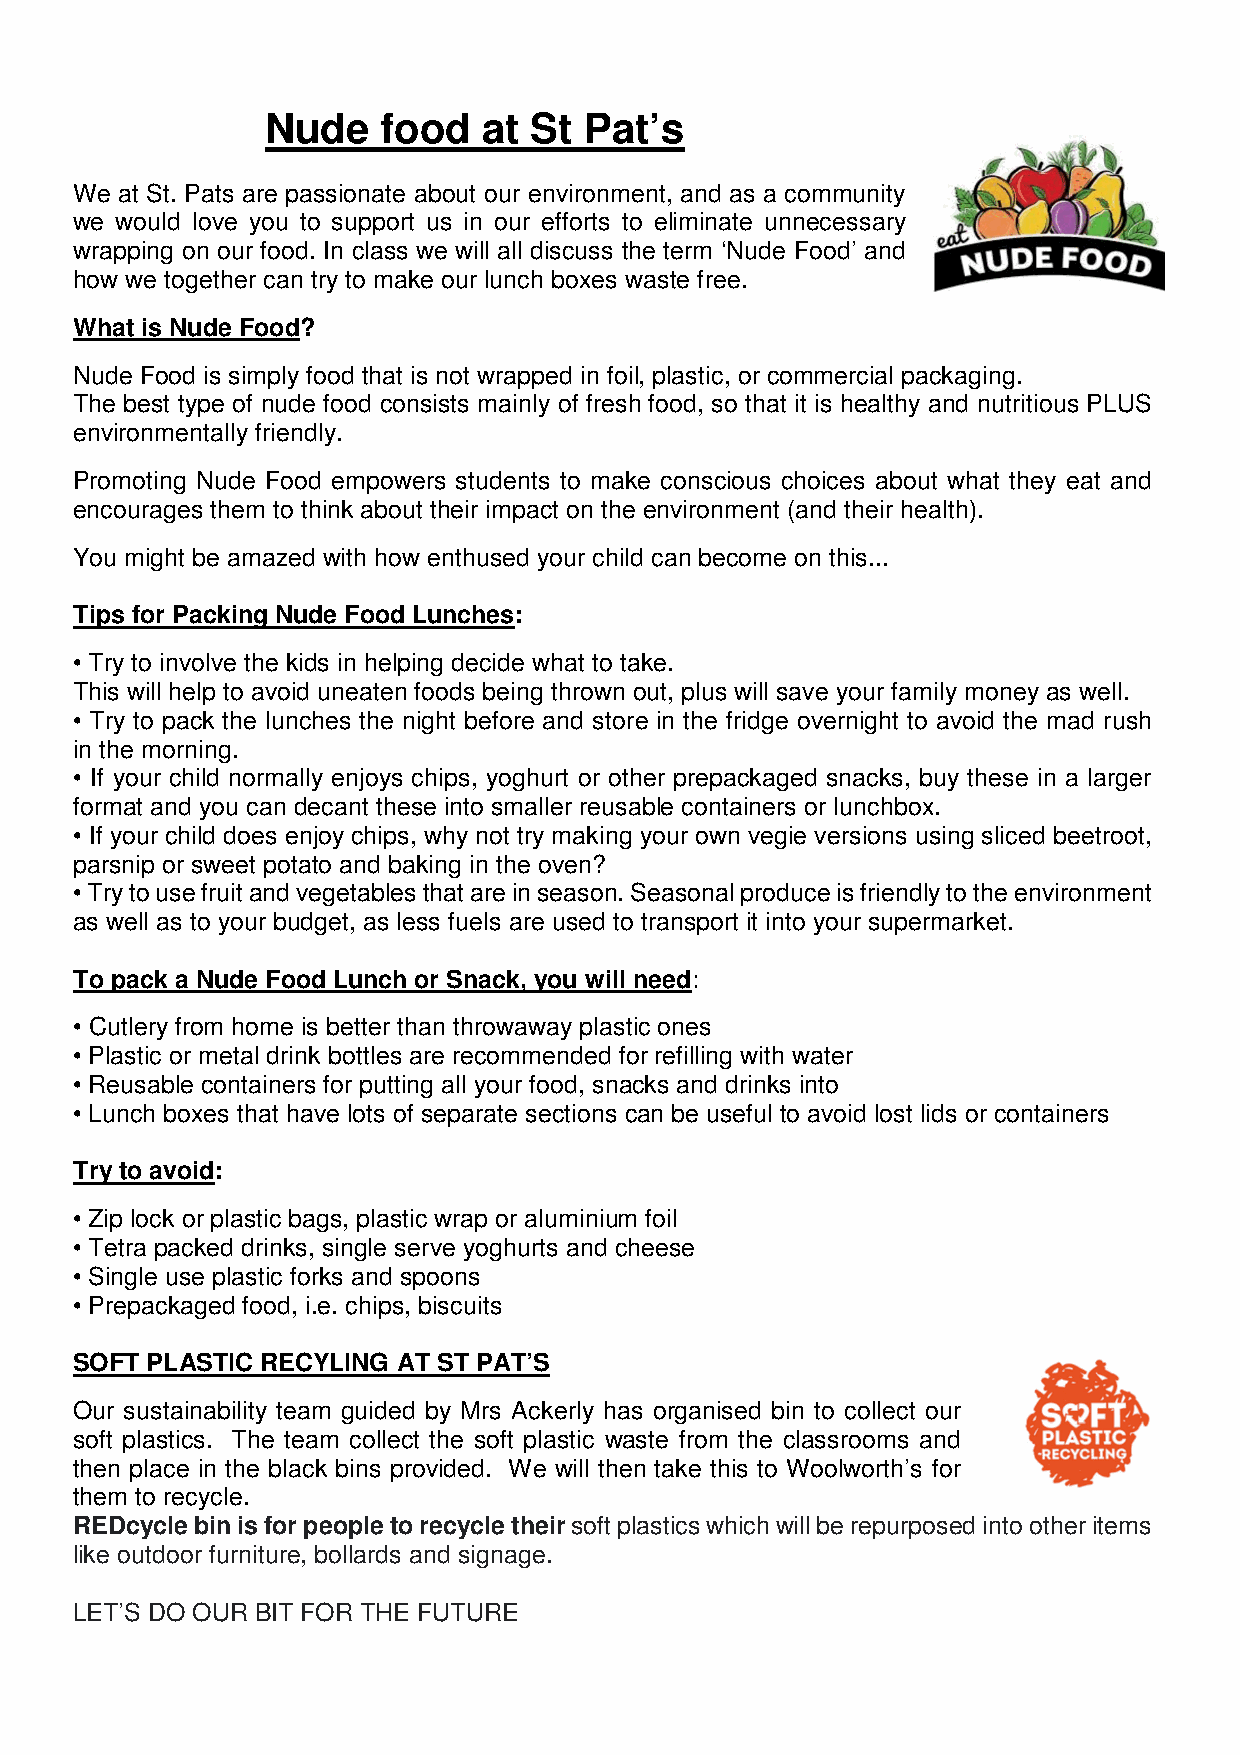
Nude   food   at St  Pat’s
 We at St. Pats are passionate about our environment, and as a community
 we would love you to support us in our efforts to eliminate unnecessary
 wrapping on our food. In class we will all discuss the term ‘Nude Food’ and
 how we together can try to make our lunch boxes waste free.
 What is Nude Food?
 Nude Food is simply food that is not wrapped in foil, plastic, or commercial packaging.
 The best type of nude food consists mainly of fresh food, so that it is healthy and nutritious PLUS
 environmentally friendly.
 Promoting Nude Food empowers students to make conscious choices about what they eat and
 encourages them to think about their impact on the environment (and their health).
 You might be amazed with how enthused your child can become on this...
 Tips for Packing Nude Food Lunches:
 • Try to involve the kids in helping decide what to take.
 This will help to avoid uneaten foods being thrown out, plus will save your family money as well.
 • Try to pack the lunches the night before and store in the fridge overnight to avoid the mad rush
 in the morning.
 • If your child normally enjoys chips, yoghurt or other prepackaged snacks, buy these in a larger
 format and you can decant these into smaller reusable containers or lunchbox.
 • If your child does enjoy chips, why not try making your own vegie versions using sliced beetroot,
 parsnip or sweet potato and baking in the oven?
 • Try to use fruit and vegetables that are in season. Seasonal produce is friendly to the environment
 as well as to your budget, as less fuels are used to transport it into your supermarket.
 To pack a Nude Food Lunch or Snack, you will need:
 • Cutlery from home is better than throwaway plastic ones
 • Plastic or metal drink bottles are recommended for refilling with water
 • Reusable containers for putting all your food, snacks and drinks into
 • Lunch boxes that have lots of separate sections can be useful to avoid lost lids or containers
 Try to avoid:
 • Zip lock or plastic bags, plastic wrap or aluminium foil
 • Tetra packed drinks, single serve yoghurts and cheese
 • Single use plastic forks and spoons
 • Prepackaged food, i.e. chips, biscuits
 SOFT PLASTIC RECYLING AT ST PAT’S
 Our sustainability team guided by Mrs Ackerly has organised bin to collect our
 soft plastics. The team collect the soft plastic waste from the classrooms and
 then place in the black bins provided. We will then take this to Woolworth’s for
 them to recycle.
 REDcycle bin is for people to recycle their soft plastics which will be repurposed into other items
 like outdoor furniture, bollards and signage.
 LET’S DO OUR BIT FOR THE FUTURE